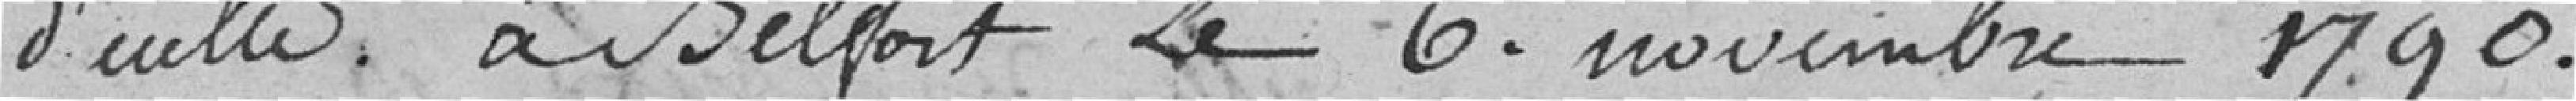
d'            à Belfort le 6 novembre 1790